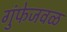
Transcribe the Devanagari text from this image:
गुंफेजवळ